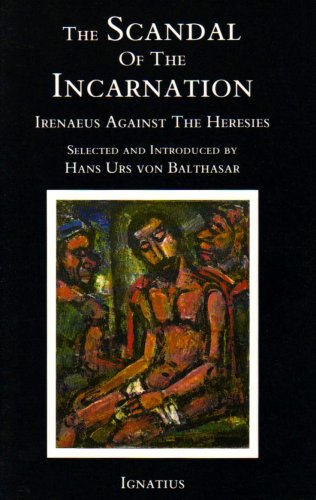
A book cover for Scandal of the Incarnation: Irenaeus Against the Heresies; Irenaeus; Christian Books & Bibles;